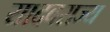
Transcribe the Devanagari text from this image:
यादवराज्य